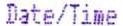
DATE/TIME